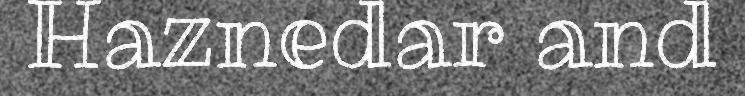
Haznedar and